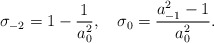
\begin{align*}\sigma_{-2}=1-\frac{1}{a_0^2}, \quad\sigma_0=\frac{a_{-1}^2-1}{a_0^2} .\end{align*}